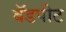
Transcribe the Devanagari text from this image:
बॅडपीट